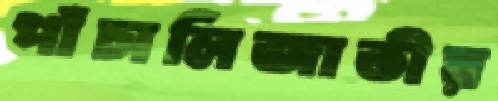
পাঁচালিজাতীয়